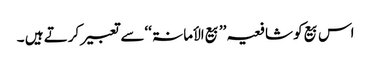
اس بیع کو شافعیہ ’’بیع الأمانۃ ‘‘سے تعبیر کرتے ہیں ۔